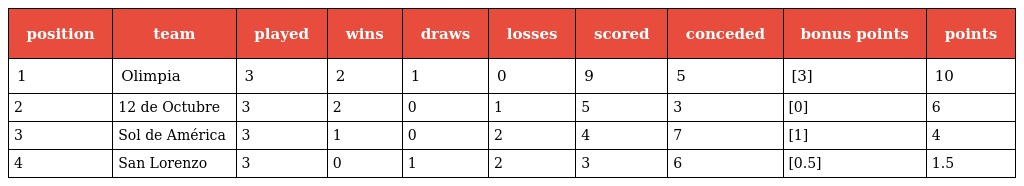
| position | team | played | wins | draws | losses | scored | conceded | bonus points | points |
 | --- | --- | --- | --- | --- | --- | --- | --- | --- | --- |
 | 1 | Olimpia | 3 | 2 | 1 | 0 | 9 | 5 | [3] | 10 |
 | 2 | 12 de Octubre | 3 | 2 | 0 | 1 | 5 | 3 | [0] | 6 |
 | 3 | Sol de América | 3 | 1 | 0 | 2 | 4 | 7 | [1] | 4 |
 | 4 | San Lorenzo | 3 | 0 | 1 | 2 | 3 | 6 | [0.5] | 1.5 |